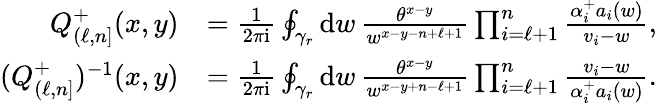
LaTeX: \begin{array}{rl}{Q_{(\ell,n]}^{+}(x,y)}&{=\frac{1}{2\pi\mathrm{i}}\oint_{\gamma_{r}}\mathrm{d}w\, \frac{\theta^{x-y}}{w^{x-y-n+\ell+1}}\prod_{i=\ell+1}^{n}\frac{\alpha_{i}^{+}a_{i}(w)}{v_{i}-w},}\\ {(Q_{(\ell,n]}^{+})^{-1}(x,y)}&{=\frac{1}{2\pi\mathrm{i}}\oint_{\gamma_{r}}\mathrm{d}w\, \frac{\theta^{x-y}}{w^{x-y+n-\ell+1}}\prod_{i=\ell+1}^{n}\frac{v_{i}-w}{\alpha_{i}^{+}a_{i}(w)}.}\end{array}